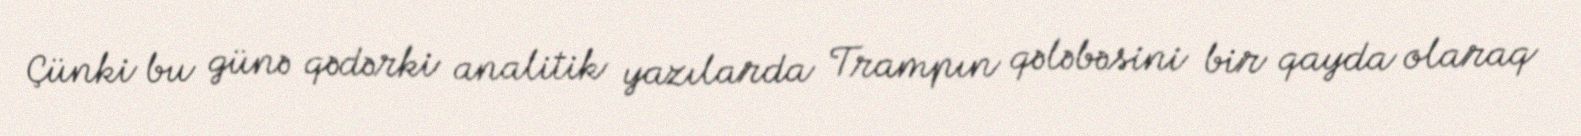
Çünki bu günə qədərki analitik yazılarda Trampın qələbəsini bir qayda olaraq